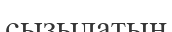
сызылатын